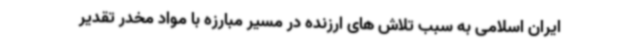
ایران اسلامی به سبب تلاش های ارزنده در مسیر مبارزه با مواد مخدر تقدیر